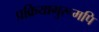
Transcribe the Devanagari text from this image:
प्रक्रियागुरूमपि